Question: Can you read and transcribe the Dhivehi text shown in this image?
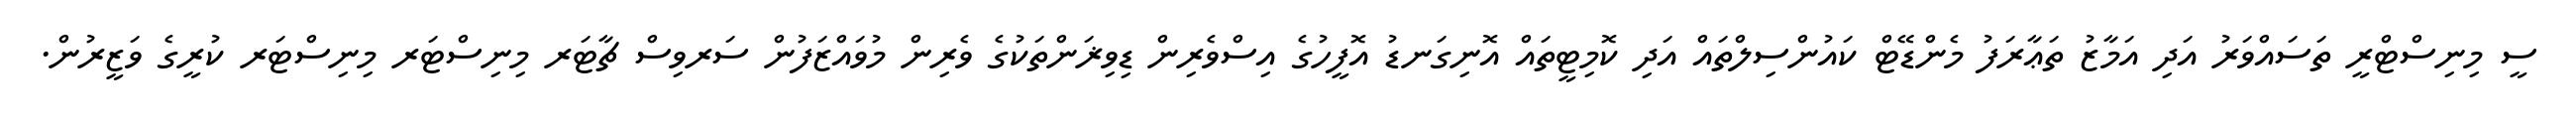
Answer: ސީ މިނިސްޓްރީ ތަސައްވަރު އަދި އަމާޒު ތަޢާރަފު މެންޑޭޓް ކައުންސިލްތައް އަދި ކޮމިޓީތައް އޮނިގަނޑު އޮފީހުގެ އިސްވެރިން ޑިވިޜަންތަކުގެ ވެރިން މުވައްޒަފުން ސަރވިސް ޗާޓަރ މިނިސްޓަރ މިނިސްޓަރ ކުރީގެ ވަޒީރުން.